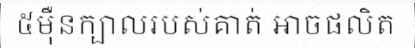
៥ម៉ឺនក្បាលរបស់គាត់ អាចផលិត